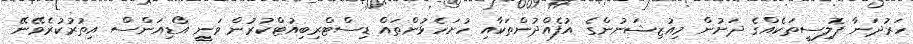
ހަރުދަނާ ޕޮލިސީތަކެއްގެ ދަށުން މިއުޒިޝަނުންގެ އުފެއްދުންތަކާއި ހުށަހެޅުންތައް ޑިސްޓްރިބިއުޓްކުރުން ވަނީ އޯޑިއަންސް އިތުރުކުރެވޭނޭ